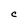
Character: C